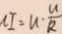
n I = u \cdot \frac { u } { R }